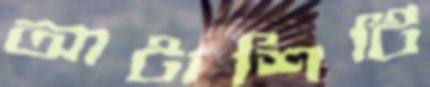
আটাশিটি